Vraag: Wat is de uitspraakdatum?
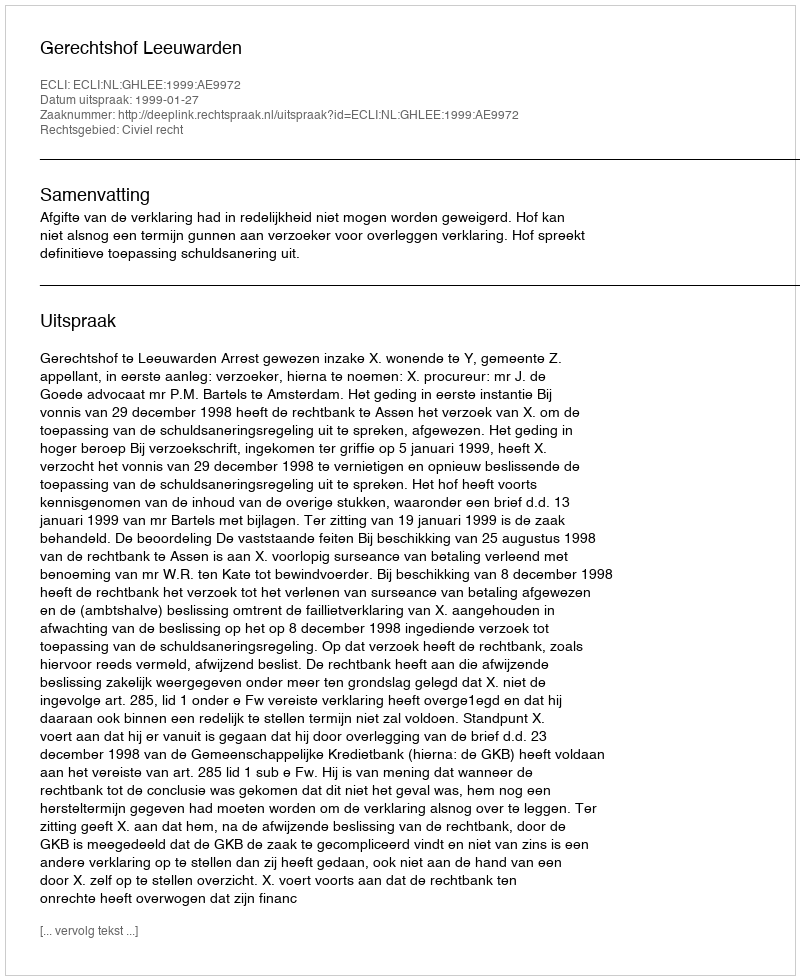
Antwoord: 1999-01-27